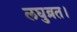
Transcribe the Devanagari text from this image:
लघुव्रत।